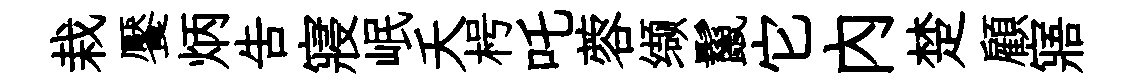
栽饜炳吿寢岷夭枵吒蓉缬鬣它内楚顧寤